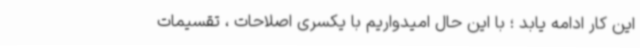
این کار ادامه یابد ؛ با این حال امیدواریم با یکسری اصلاحات ، تقسیمات